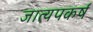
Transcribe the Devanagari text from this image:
जात्यपकर्ष